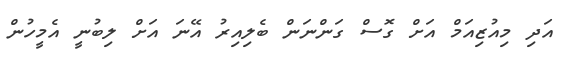
އަދި މިއުޒިއަމް އަށް ގޮސް ގަންނަން ބެލިއިރު އޭނަ އަށް ލިބުނީ އެމީހުން